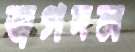
জগদল